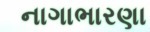
નાગાભારણા